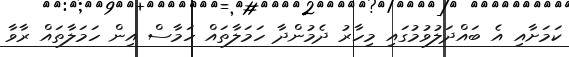
ކަމަށާއި އެ ބައްދަލުވުމުގައި މިހާރު ދެމުންދާ ހަމަލާތައް ހަމާސް އިން ހަމަލާތައް ރާވާ